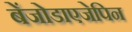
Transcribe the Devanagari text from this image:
बेंजोडाएजेपिन